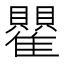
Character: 𬯵